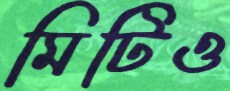
মিটিও